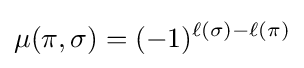
\mu (\pi ,\sigma )=(-1)^{\ell (\sigma )-\ell (\pi )}